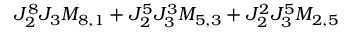
J _ { 2 } ^ { 8 } J _ { 3 } M _ { 8 , 1 } + J _ { 2 } ^ { 5 } J _ { 3 } ^ { 3 } M _ { 5 , 3 } + J _ { 2 } ^ { 2 } J _ { 3 } ^ { 5 } M _ { 2 , 5 }